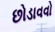
છોડાવવો